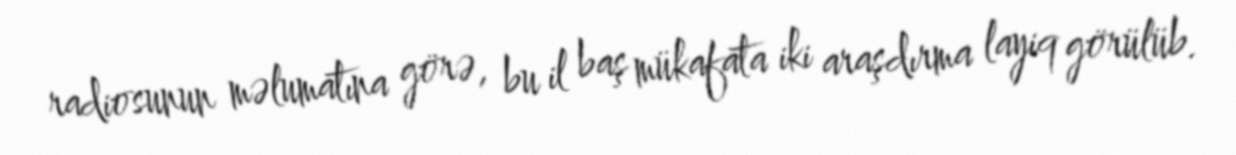
radiosunun məlumatına görə, bu il baş mükafata iki araşdırma layiq görülüb.